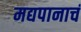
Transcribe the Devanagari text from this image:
मद्यपानाचं